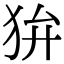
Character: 𤝏